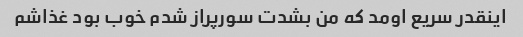
اینقدر سریع اومد که من بشدت سورپراز شدم خوب بود غذاشم